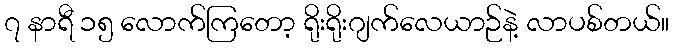
၇ နာရီ ၁၅ လောက်ကြတော့ ရိုးရိုးဂျက်လေယာဉ်နဲ့ လာပစ်တယ်။